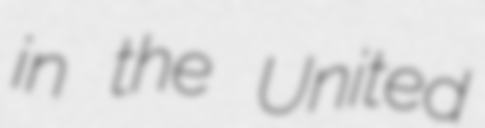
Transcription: in the United